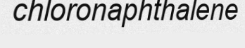
chloronaphthalene